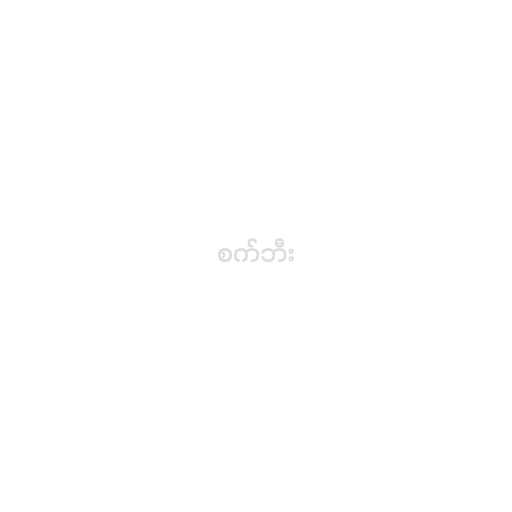
စက်ဘီး